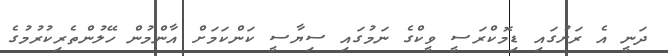
ދަނީ އެ ރަށުގައި ޑިމޮކްރަސީ ވީކްގެ ނަމުގައި ސިޔާސީ ކަންކަމަށް އާންމުން ހޭލުންތެރިކުރުމުގެ